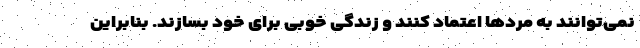
نمی‌توانند به مردها اعتماد کنند و زندگی خوبی برای خود بسازند. بنابراین